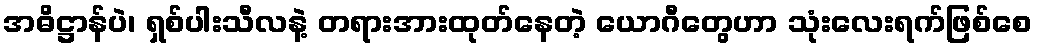
အဓိဋ္ဌာန်ပဲ၊ ရှစ်ပါးသီလနဲ့ တရားအားထုတ်နေတဲ့ ယောဂီတွေဟာ သုံးလေးရက်ဖြစ်စေ